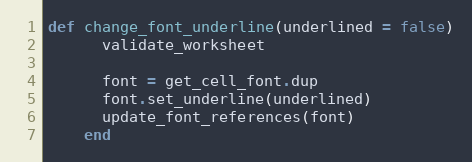
Language: Ruby
def change_font_underline(underlined = false)
      validate_worksheet

      font = get_cell_font.dup
      font.set_underline(underlined)
      update_font_references(font)
    end